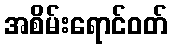
အစိမ်းရောင်ဝတ်